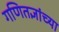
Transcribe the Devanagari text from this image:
गणितज्ञांच्या